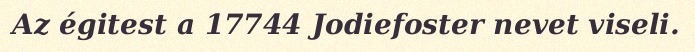
Az égitest a 17744 Jodiefoster nevet viseli.